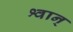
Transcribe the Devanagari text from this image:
श्वान्